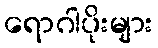
ရောဂါပိုးများ